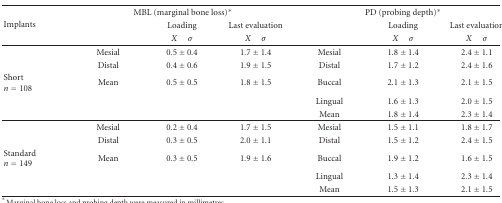
<table><thead><tr><td rowspan="3"><b>Implants</b></td><td colspan="3"><b>MBL (marginal bone loss)<sup>∗</sup></b></td><td colspan="3"><b>PD (probing depth)<sup>∗</sup></b></td></tr><tr><td></td><td><b>Loading</b></td><td><b>Last evaluation</b></td><td></td><td><b>Loading</b></td><td><b>Last evaluation</b></td></tr><tr><td></td><td><b><i>X</i> <i>σ</i></b></td><td><b><i>X</i> <i>σ</i></b></td><td></td><td><b><i>X</i> <i>σ</i></b></td><td><b><i>X</i> <i>σ</i></b></td></tr></thead><tbody><tr><td></td><td>Mesial</td><td>0.5 ± 0.4</td><td>1.7 ± 1.4</td><td>Mesial</td><td>1.8 ± 1.4</td><td>2.4 ± 1.1</td></tr><tr><td></td><td>Distal</td><td>0.4 ± 0.6</td><td>1.9 ± 1.5</td><td>Distal</td><td>1.7 ± 1.2</td><td>2.4 ± 1.6</td></tr><tr><td>Short<i>n</i> = 108</td><td>Mean</td><td>0.5 ± 0.5</td><td>1.8 ± 1.5</td><td>Buccal</td><td>2.1 ± 1.3</td><td>2.1 ± 1.5</td></tr><tr><td></td><td></td><td></td><td></td><td>Lingual</td><td>1.6 ± 1.3</td><td>2.0 ± 1.5</td></tr><tr><td></td><td></td><td></td><td></td><td>Mean</td><td>1.8 ± 1.4</td><td>2.3 ± 1.4</td></tr><tr><td></td><td>Mesial</td><td>0.2 ± 0.4</td><td>1.7 ± 1.5</td><td>Mesial</td><td>1.5 ± 1.1</td><td>1.8 ± 1.7</td></tr><tr><td></td><td>Distal</td><td>0.3 ± 0.5</td><td>2.0 ± 1.1</td><td> Distal</td><td>1.5 ± 1.2</td><td>2.4 ± 1.5</td></tr><tr><td>Standard <i>n</i> = 149</td><td>Mean</td><td>0.3 ± 0.5</td><td>1.9 ± 1.6</td><td>Buccal</td><td>1.9 ± 1.2</td><td>1.6 ± 1.5</td></tr><tr><td></td><td></td><td></td><td></td><td>Lingual</td><td>1.3 ± 1.4</td><td>2.3 ± 1.4</td></tr><tr><td></td><td></td><td></td><td></td><td>Mean</td><td>1.5 ± 1.3</td><td>2.1 ± 1.5</td></tr></tbody></table>